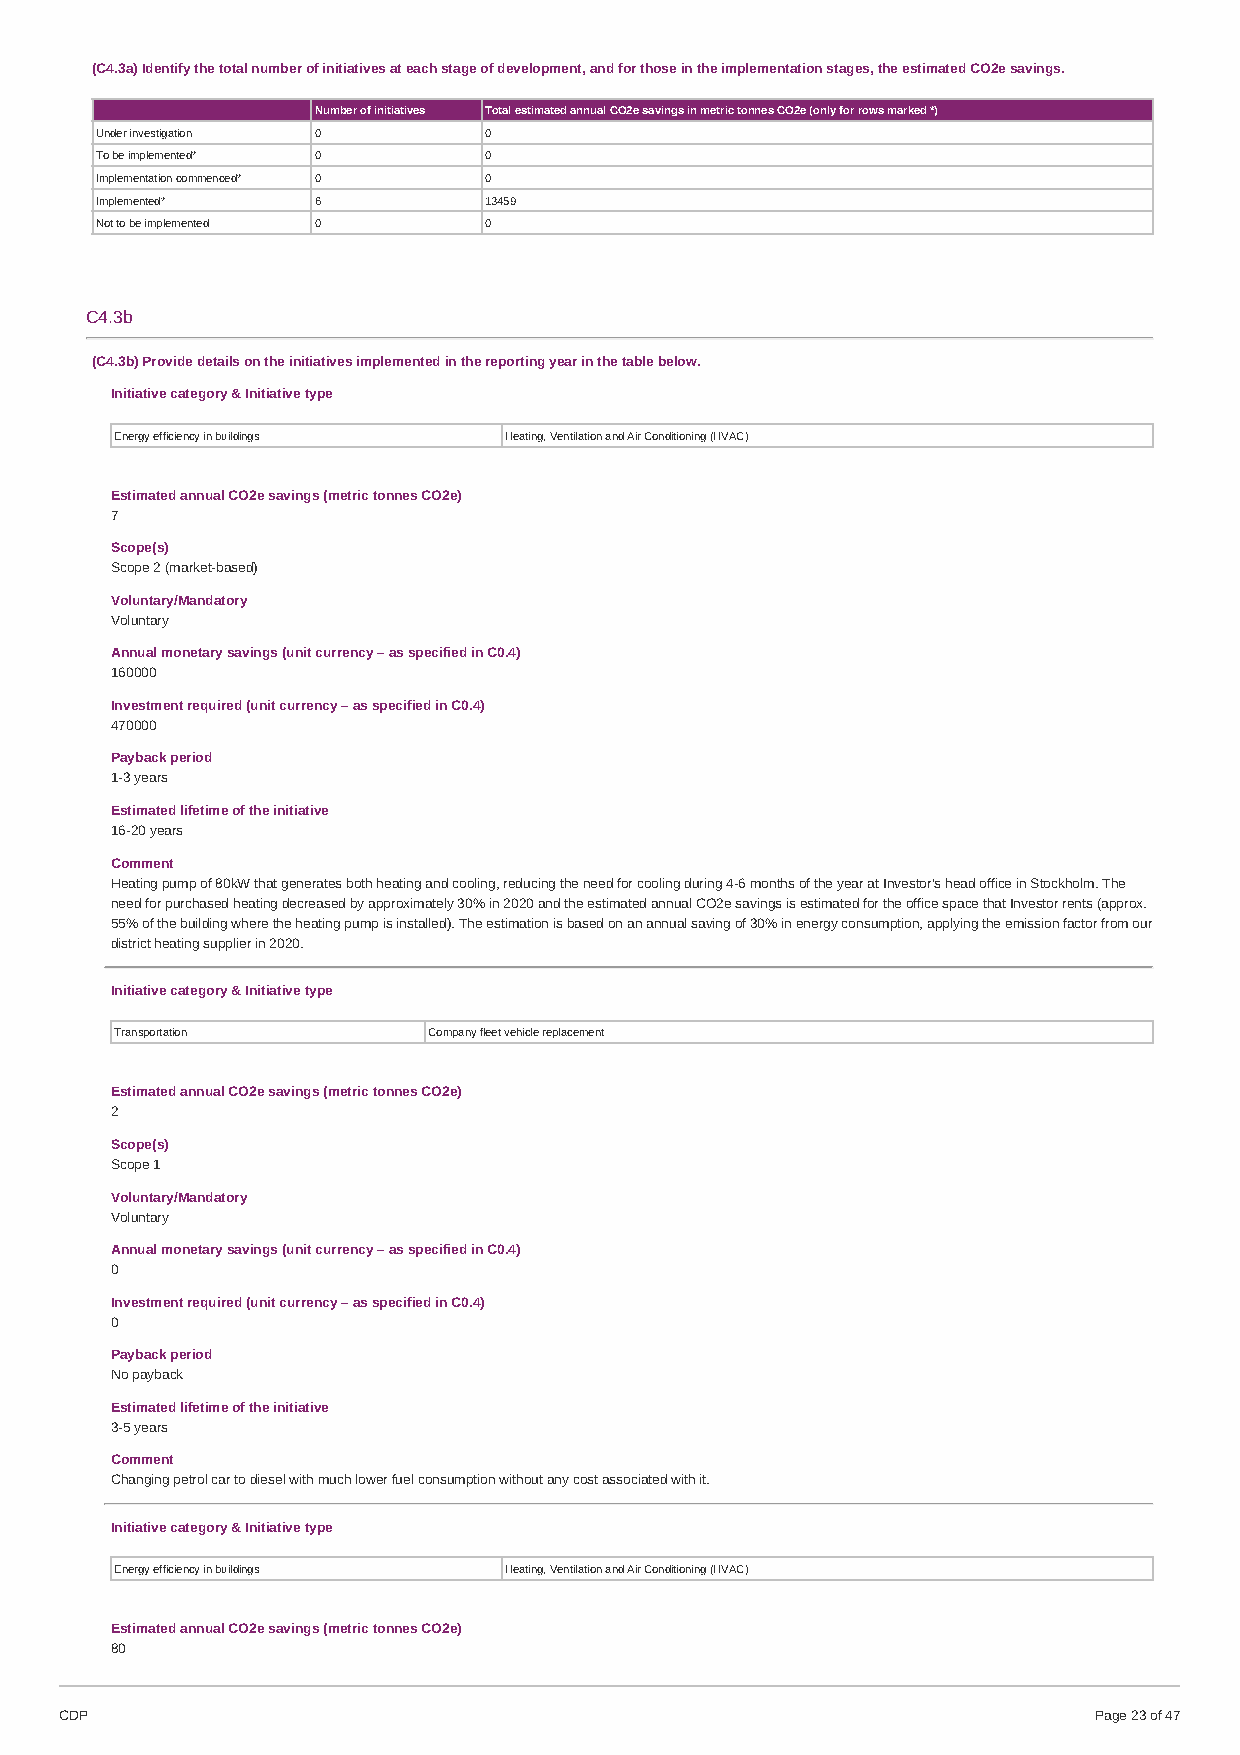
(C4.3a) Identify the total number of initiatives at each stage of development, and for those in the implementation stages, the estimated CO2e savings.
 Number of initiatives Total estimated annual CO2e savings in metric tonnes CO2e (only for rows marked *)
 Under investigation 0     0
 To be implemented* 0      0
 Implementation commenced* 0 0
 Implemented*   6          13459
 Not to be implemented 0   0
 C4.3b
 (C4.3b) Provide details on the initiatives implemented in the reporting year in the table below.
 Initiative category & Initiative type
 Energy efficiency in buildings Heating, Ventilation and Air Conditioning (HVAC)
 Estimated annual CO2e savings (metric tonnes CO2e)
 7
 Scope(s)
 Scope 2 (market-based)
 Voluntary/Mandatory
 Voluntary
 Annual monetary savings (unit currency – as specified in C0.4)
 160000
 Investment required (unit currency – as specified in C0.4)
 470000
 Payback period
 1-3 years
 Estimated lifetime of the initiative
 16-20 years
 Comment
 Heating pump of 80kW that generates both heating and cooling, reducing the need for cooling during 4-6 months of the year at Investor's head office in Stockholm. The
 need for purchased heating decreased by approximately 30% in 2020 and the estimated annual CO2e savings is estimated for the office space that Investor rents (approx.
 55% of the building where the heating pump is installed). The estimation is based on an annual saving of 30% in energy consumption, applying the emission factor from our
 district heating supplier in 2020.
 Initiative category & Initiative type
 Transportation      Company fleet vehicle replacement
 Estimated annual CO2e savings (metric tonnes CO2e)
 2
 Scope(s)
 Scope 1
 Voluntary/Mandatory
 Voluntary
 Annual monetary savings (unit currency – as specified in C0.4)
 0
 Investment required (unit currency – as specified in C0.4)
 0
 Payback period
 No payback
 Estimated lifetime of the initiative
 3-5 years
 Comment
 Changing petrol car to diesel with much lower fuel consumption without any cost associated with it.
 Initiative category & Initiative type
 Energy efficiency in buildings Heating, Ventilation and Air Conditioning (HVAC)
 Estimated annual CO2e savings (metric tonnes CO2e)
 80
 CDP                                                                 Page 23 of 47